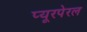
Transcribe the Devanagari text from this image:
प्यूरपेरल